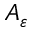
A _ { \varepsilon }